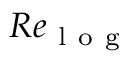
R e _ { \mathrm { ~ l ~ o ~ g ~ } }